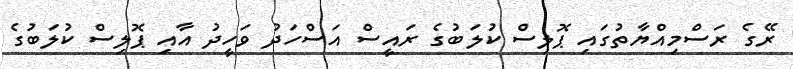
ރޭގެ ރަސްމިއްޔާތުގައި ޕޮލިސް ކުލަބުގެ ރައީސް އަސްހަދު ވަހީދު އާއި ޕޮލިސް ކުލަބުގެ